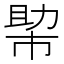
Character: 𢄂